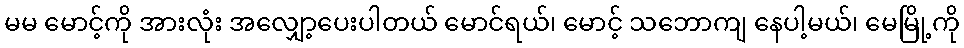
မမ မောင့်ကို အားလုံး အလျှော့ပေးပါတယ် မောင်ရယ်၊ မောင့် သဘောကျ နေပါ့မယ်၊ မေမြို့ကို